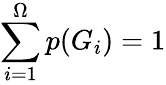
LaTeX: \sum_{i=1}^{\Omega}p(G_{i})=1